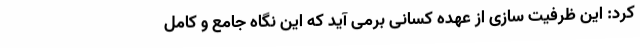
کرد: این ظرفیت سازی از عهده کسانی برمی آید که این نگاه جامع و کامل